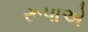
રૂપાએ